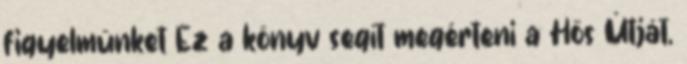
figyelmünket Ez a könyv segít megérteni a Hős Útját,